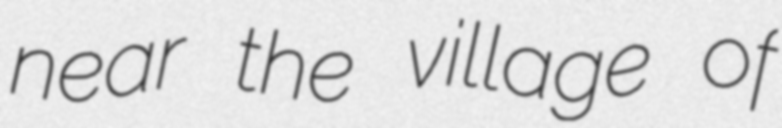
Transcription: near the village of